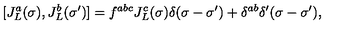
[ J _ { L } ^ { a } ( \sigma ) , J _ { L } ^ { b } ( \sigma ^ { \prime } ) ] = f ^ { a b c } J _ { L } ^ { c } ( \sigma ) \delta ( \sigma - \sigma ^ { \prime } ) + \delta ^ { a b } \delta ^ { \prime } ( \sigma - \sigma ^ { \prime } ) ,